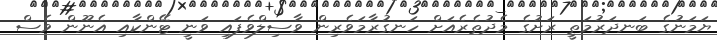
ޔަމަނުގެ ބަނދަރުމަތީ ރަށުގެ މެދުތެރެއަަށް ހަނގުރާމަވެރިން ވާސިލްވެފައި ވަނީ ޓޭންކާއި އެނޫން ވެސް